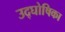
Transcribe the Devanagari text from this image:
उद्‌घोषिका